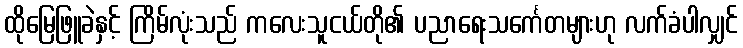
ထိုမြေဖြူခဲနှင့် ကြိမ်လုံးသည် ကလေးသူငယ်တို၏ ပညာရေးသင်္ကေတများဟု လက်ခံပါလျှင်